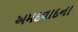
અમદવાદના